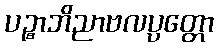
ပဉ္စာဘိညာဗလပ္ပတ္တော